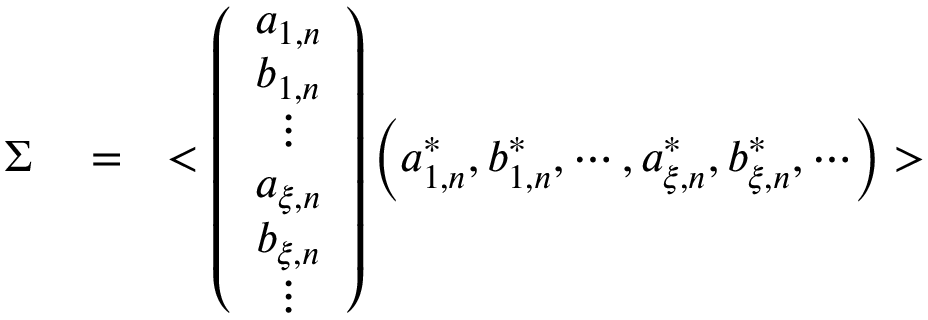
\begin{array} { r l r } { \Sigma } & { { } = } & { < \left( \begin{array} { c } { a _ { 1 , n } } \\ { b _ { 1 , n } } \\ { \vdots } \\ { a _ { \xi , n } } \\ { b _ { \xi , n } } \\ { \vdots } \end{array} \right) \left( a _ { 1 , n } ^ { * } , b _ { 1 , n } ^ { * } , \cdots , a _ { \xi , n } ^ { * } , b _ { \xi , n } ^ { * } , \cdots \right) > } \end{array}